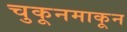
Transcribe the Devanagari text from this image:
चुकूनमाकून